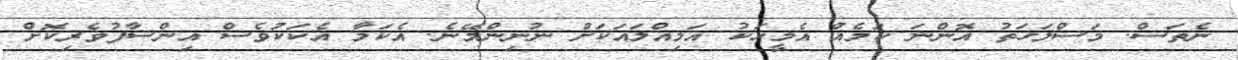
ނެތަސް. މަސްލަހަތު އޮންނަ ކަމެއް އެމީހަކު އަމިއްލައަކަށް ނުނިންމޭނެ. އެކަމާ އެކަކުވެސް އިންސާފުވެރިކޮށް